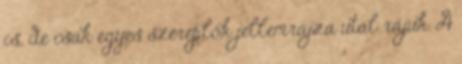
is, de csak egyes szereplők jellemrajza utal rájuk. A